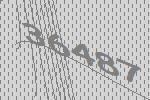
36487